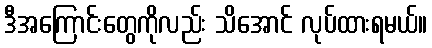
ဒီအကြောင်းတွေကိုလည်း သိအောင် လုပ်ထားရမယ်။